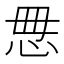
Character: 𰑓